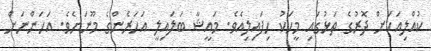
ކުއްލިއަކަށް ދޮރުގެ ތަޅުގައި މީހަކު ހިފައިލިއެވެ. މައީޝާ ބަލައިލީ އަހަރެންގެ މޫނަށެވެ. އަހަންނަށް